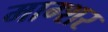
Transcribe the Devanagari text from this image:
माग्शर